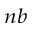
_ { n b }